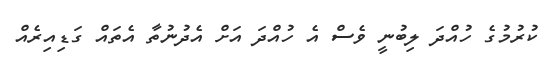
ކުރުމުގެ ހުއްދަ ލިބުނީ ވެސް އެ ހުއްދަ އަށް އެދުނުތާ އެތައް ގަޑިއިރެއް